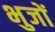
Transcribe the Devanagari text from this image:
भुजों